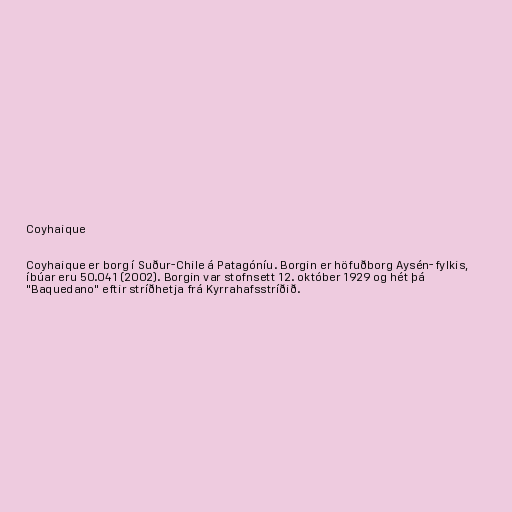
Coyhaique

Coyhaique er borg í Suður-Chile á Patagóníu. Borgin er höfuðborg Aysén-fylkis,
íbúar eru 50.041 (2002). Borgin var stofnsett 12. október 1929 og hét þá
"Baquedano" eftir stríðhetja frá Kyrrahafsstríðið.